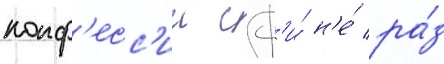
конф'есс'ии сф'и́ н'е́ ра́з